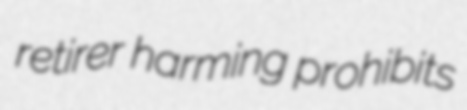
retirer harming prohibits